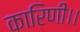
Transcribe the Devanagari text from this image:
कारिणी।।